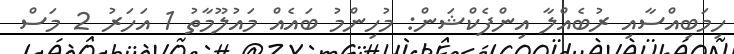
ހިިމަބިއްސާއި ރުބެއްލާ އިންފެކްޝަން: މުހިންމު ބައެއް މައުލޫމާތު 1 އަހަރު 2 މަސް